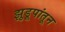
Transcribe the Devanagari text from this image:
झुडूपांतून